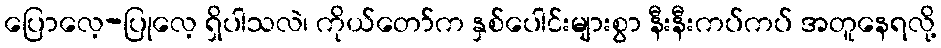
ပြောလေ့-ပြုလေ့ ရှိပါသလဲ၊ ကိုယ်တော်က နှစ်ပေါင်းများစွာ နီးနီးကပ်ကပ် အတူနေရလို့